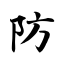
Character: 防